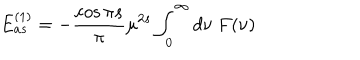
E _ { a s } ^ { ( 1 ) } = - { \frac { \cos { \pi s } } { \pi } } \mu ^ { 2 s } \int _ { 0 } ^ { \infty } d \nu \ F ( \nu )